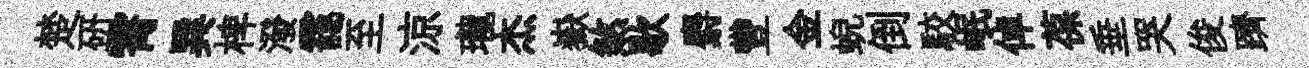
楚硏霄巽椑潑靄至涼瓏杰嶽煞歇麝豐金蜺倒駮岷倬葆垂哭俊躋